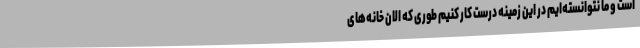
است و ما نتوانسته‌ایم در این زمینه درست کار کنیم طوری که الان خانه‌های